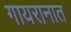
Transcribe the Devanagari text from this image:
गायरानात